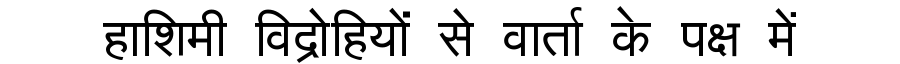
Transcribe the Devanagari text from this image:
हाशिमी विद्रोहियों से वार्ता के पक्ष में